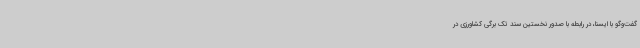
گفت‌وگو با ایسنا، در رابطه با صدور نخستین سند تک برگی کشاورزی در